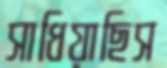
সাধিয়াছিস